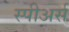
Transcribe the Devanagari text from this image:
स्पीअर्स